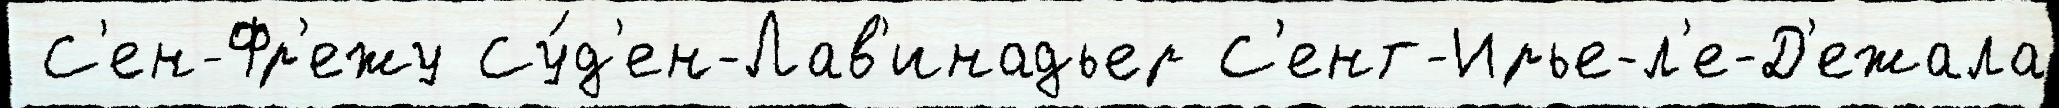
 С'ен-Фр'ежу Су́д'ен-Лав'инадьер С'ент-Ирье-л'е-Д'ежала